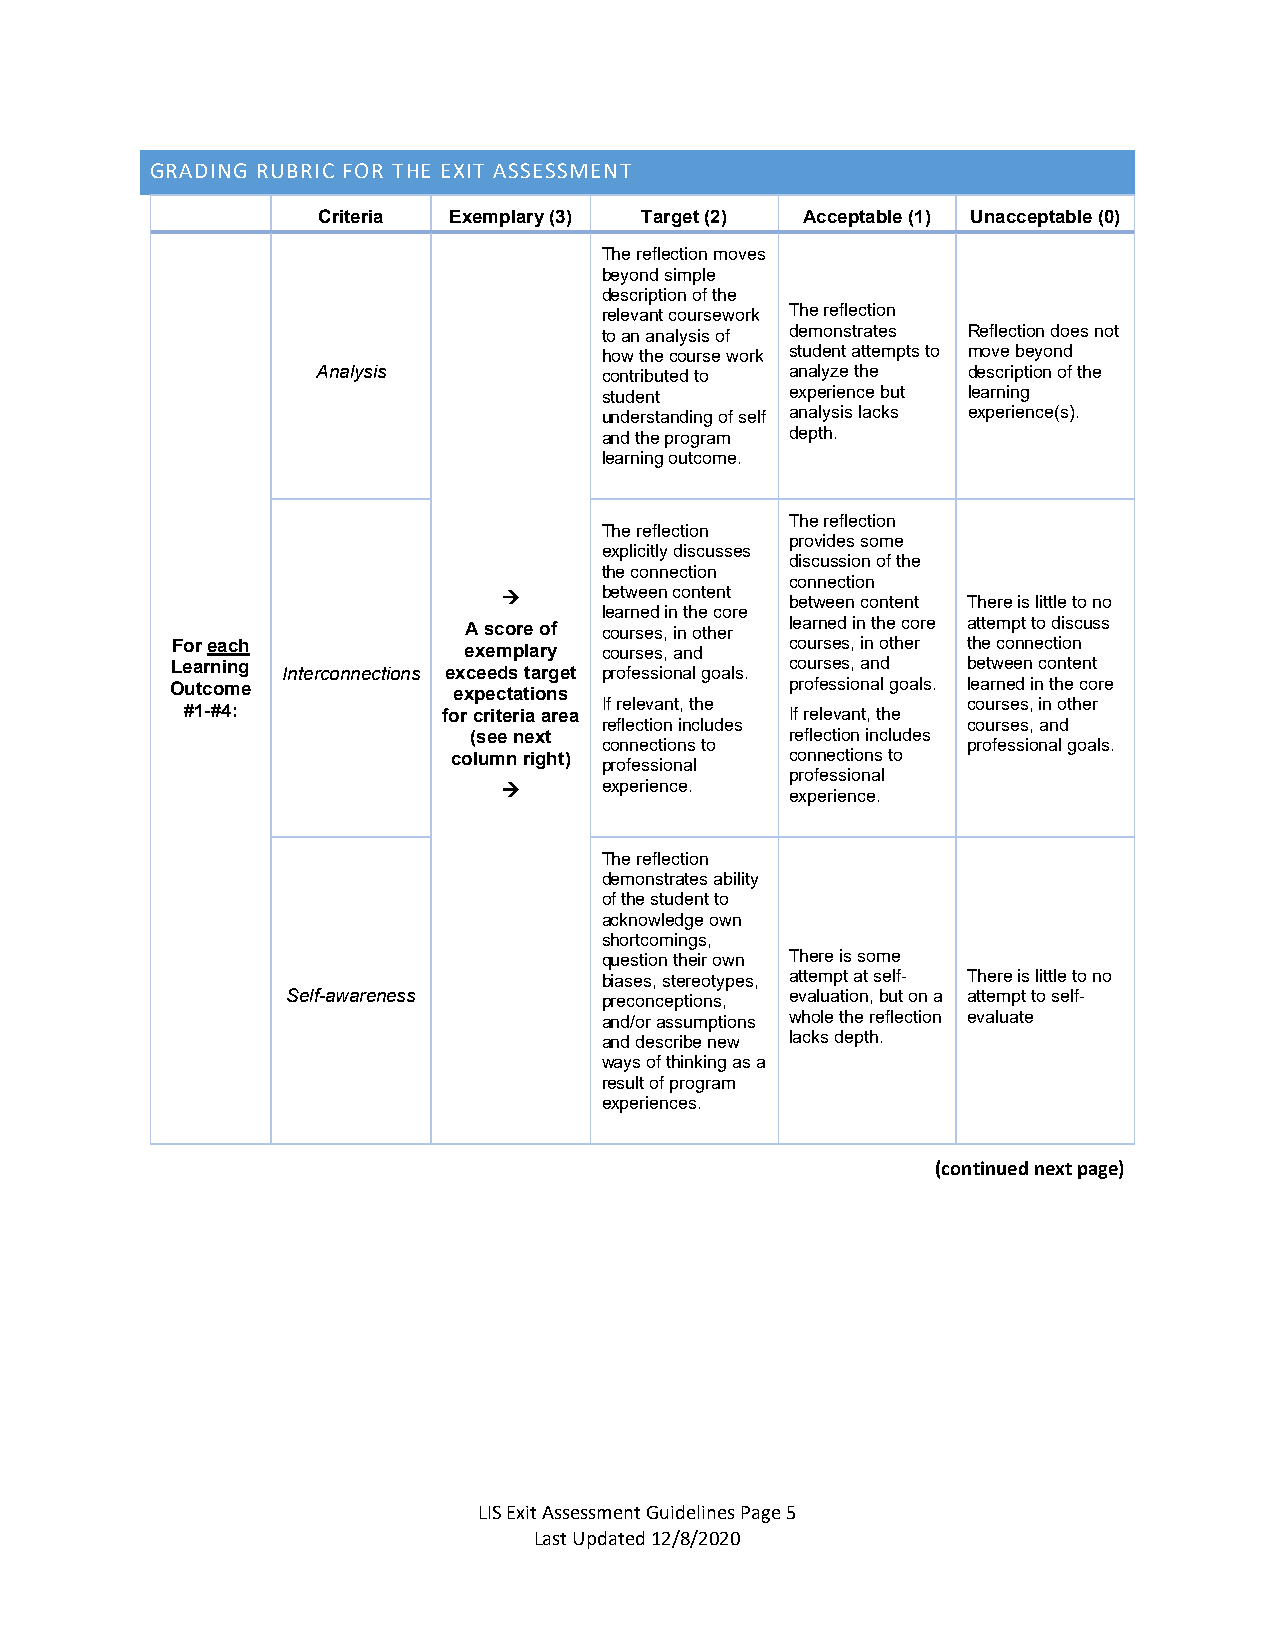
GRADING RUBRIC FOR THE EXIT ASSESSMENT
 Criteria Exemplary (3) Target (2) Acceptable (1) Unacceptable (0)
 The reflection moves
 beyond simple
 description of the
 relevant coursework The reflection
 to an analysis of demonstrates Reflection does not
 how the course work student attempts to move beyond
 Analysis           contributed to analyze the description of the
 student     experience but learning
 understanding of self analysis lacks experience(s).
 and the program depth.
 learning outcome.
 The reflection
 The reflection
 provides some
 explicitly discusses
 discussion of the
 the connection
 connection
       between content
 between content There is little to no
 learned in the core
 learned in the core attempt to discuss
 A score of courses, in other
 For each            exemplary courses, and courses, in other the connection
 Learning Interconnections exceeds target professional goals. courses, and between content
 Outcome            expectations          professional goals. learned in the core
 If relevant, the        courses, in other
 #1-#4:           for criteria area      If relevant, the
 reflection includes     courses, and
 (see next
 connections to
 reflection includes
 professional goals.
 column right) professional connections to
 professional
       experience.
 experience.
 The reflection
 demonstrates ability
 of the student to
 acknowledge own
 shortcomings,
 question their own There is some
 biases, stereotypes, attempt at self- There is little to no
 Self-awareness       preconceptions, evaluation, but on a attempt to self-
 and/or assumptions whole the reflection evaluate
 and describe new lacks depth.
 ways of thinking as a
 result of program
 experiences.
 (continued next page)
 LIS Exit Assessment Guidelines Page 5
 Last Updated 12/8/2020